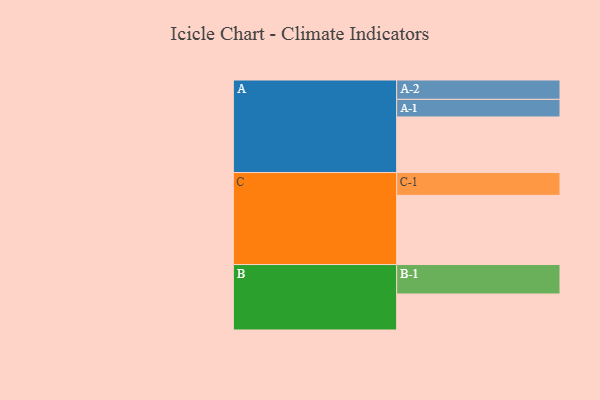
{"axis": {"x": "Segment", "y": "Value"}, "legend": ["", "A", "B", "C"], "data": [{"x": "A", "y": 474, "type": ""}, {"x": "B", "y": 307, "type": ""}, {"x": "C", "y": 590, "type": ""}, {"x": "A-1", "y": 150, "type": "A"}, {"x": "A-2", "y": 165, "type": "A"}, {"x": "B-1", "y": 251, "type": "B"}, {"x": "C-1", "y": 194, "type": "C"}]}